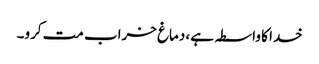
خدا کا واسطہ ہے، دماغ خراب مت کرو۔